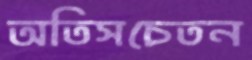
অতিসচেতন